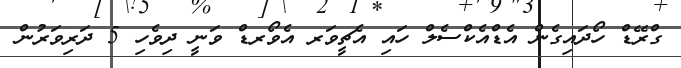
ގްރޭޑް ހޯދައިގެން އެޑްއެކްސެލް ހައި އެޗީވަރ އެވޯރޑް ވަނީ ދިވެހި 5 ދަރިވަރުން